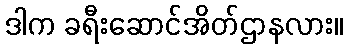
ဒါက ခရီးဆောင်အိတ်ဌာနလား။